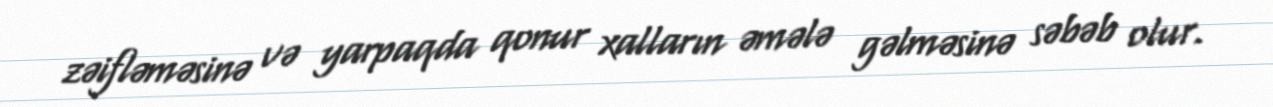
zəifləməsinə və yarpaqda qonur xalların əmələ gəlməsinə səbəb olur.